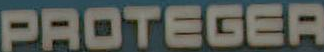
PROTEGER